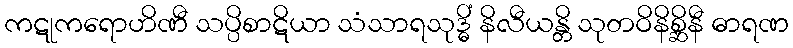
ကဋုကရောဟိဏီ သပ္ပိစာဋိယာ သံသာရသုဒ္ဓိံ နိလီယန္တိ သုတဝိနိစ္ဆိနီ ဓာရဏ